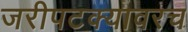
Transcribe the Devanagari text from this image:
जरीपटक्यावरच